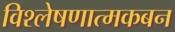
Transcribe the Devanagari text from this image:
विश्लेषणात्मकबन